Indian Civil Veterinary Department memoirs
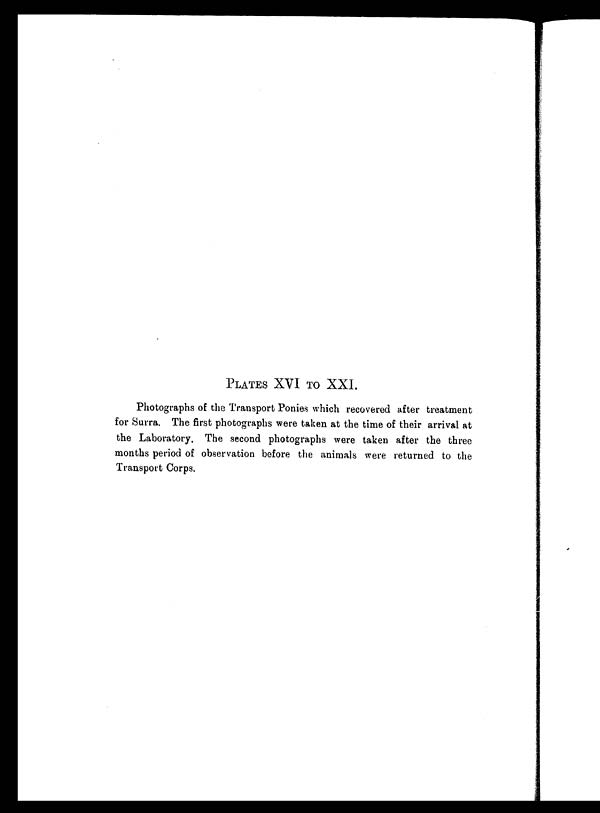
PLATES XVI TO XXI.
Photographs of the Transport Ponies which recovered after treatment
for Surra. The first photographs were taken at the time of their arrival at
the Laboratory. The second photographs were taken after the three
months period of observation before the animals were returned to the
Transport Corps.